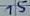
Text: 15